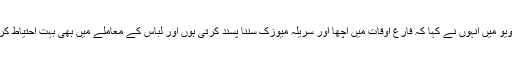
ایک انٹرویو میں انہوں نے کہا کہ فارغ اوقات میں اچھا اور سریلہ میوزک سننا پسند کرتی ہوں اور لباس کے معاملے میں بھی بہت احتیاط کرتی ہوں ۔